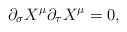
\begin{align*}\partial_\sigma X^\mu\partial_\tau X^\mu = 0,\end{align*}